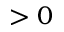
> 0